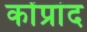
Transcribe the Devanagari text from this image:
कोंप्रांद